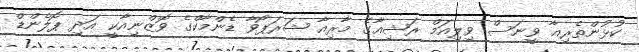
ކުޅުންތެރިއާ ވީނަސް ވިލިއަމް ރަޝިއާގެ މާރިއާ ޝަރަޕޯވާ ޑެންމާކްގެ ވޮޒްނިއާކީ އަދި ޕޮލެންޑް